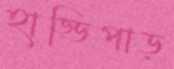
হাড্ডিপাড়